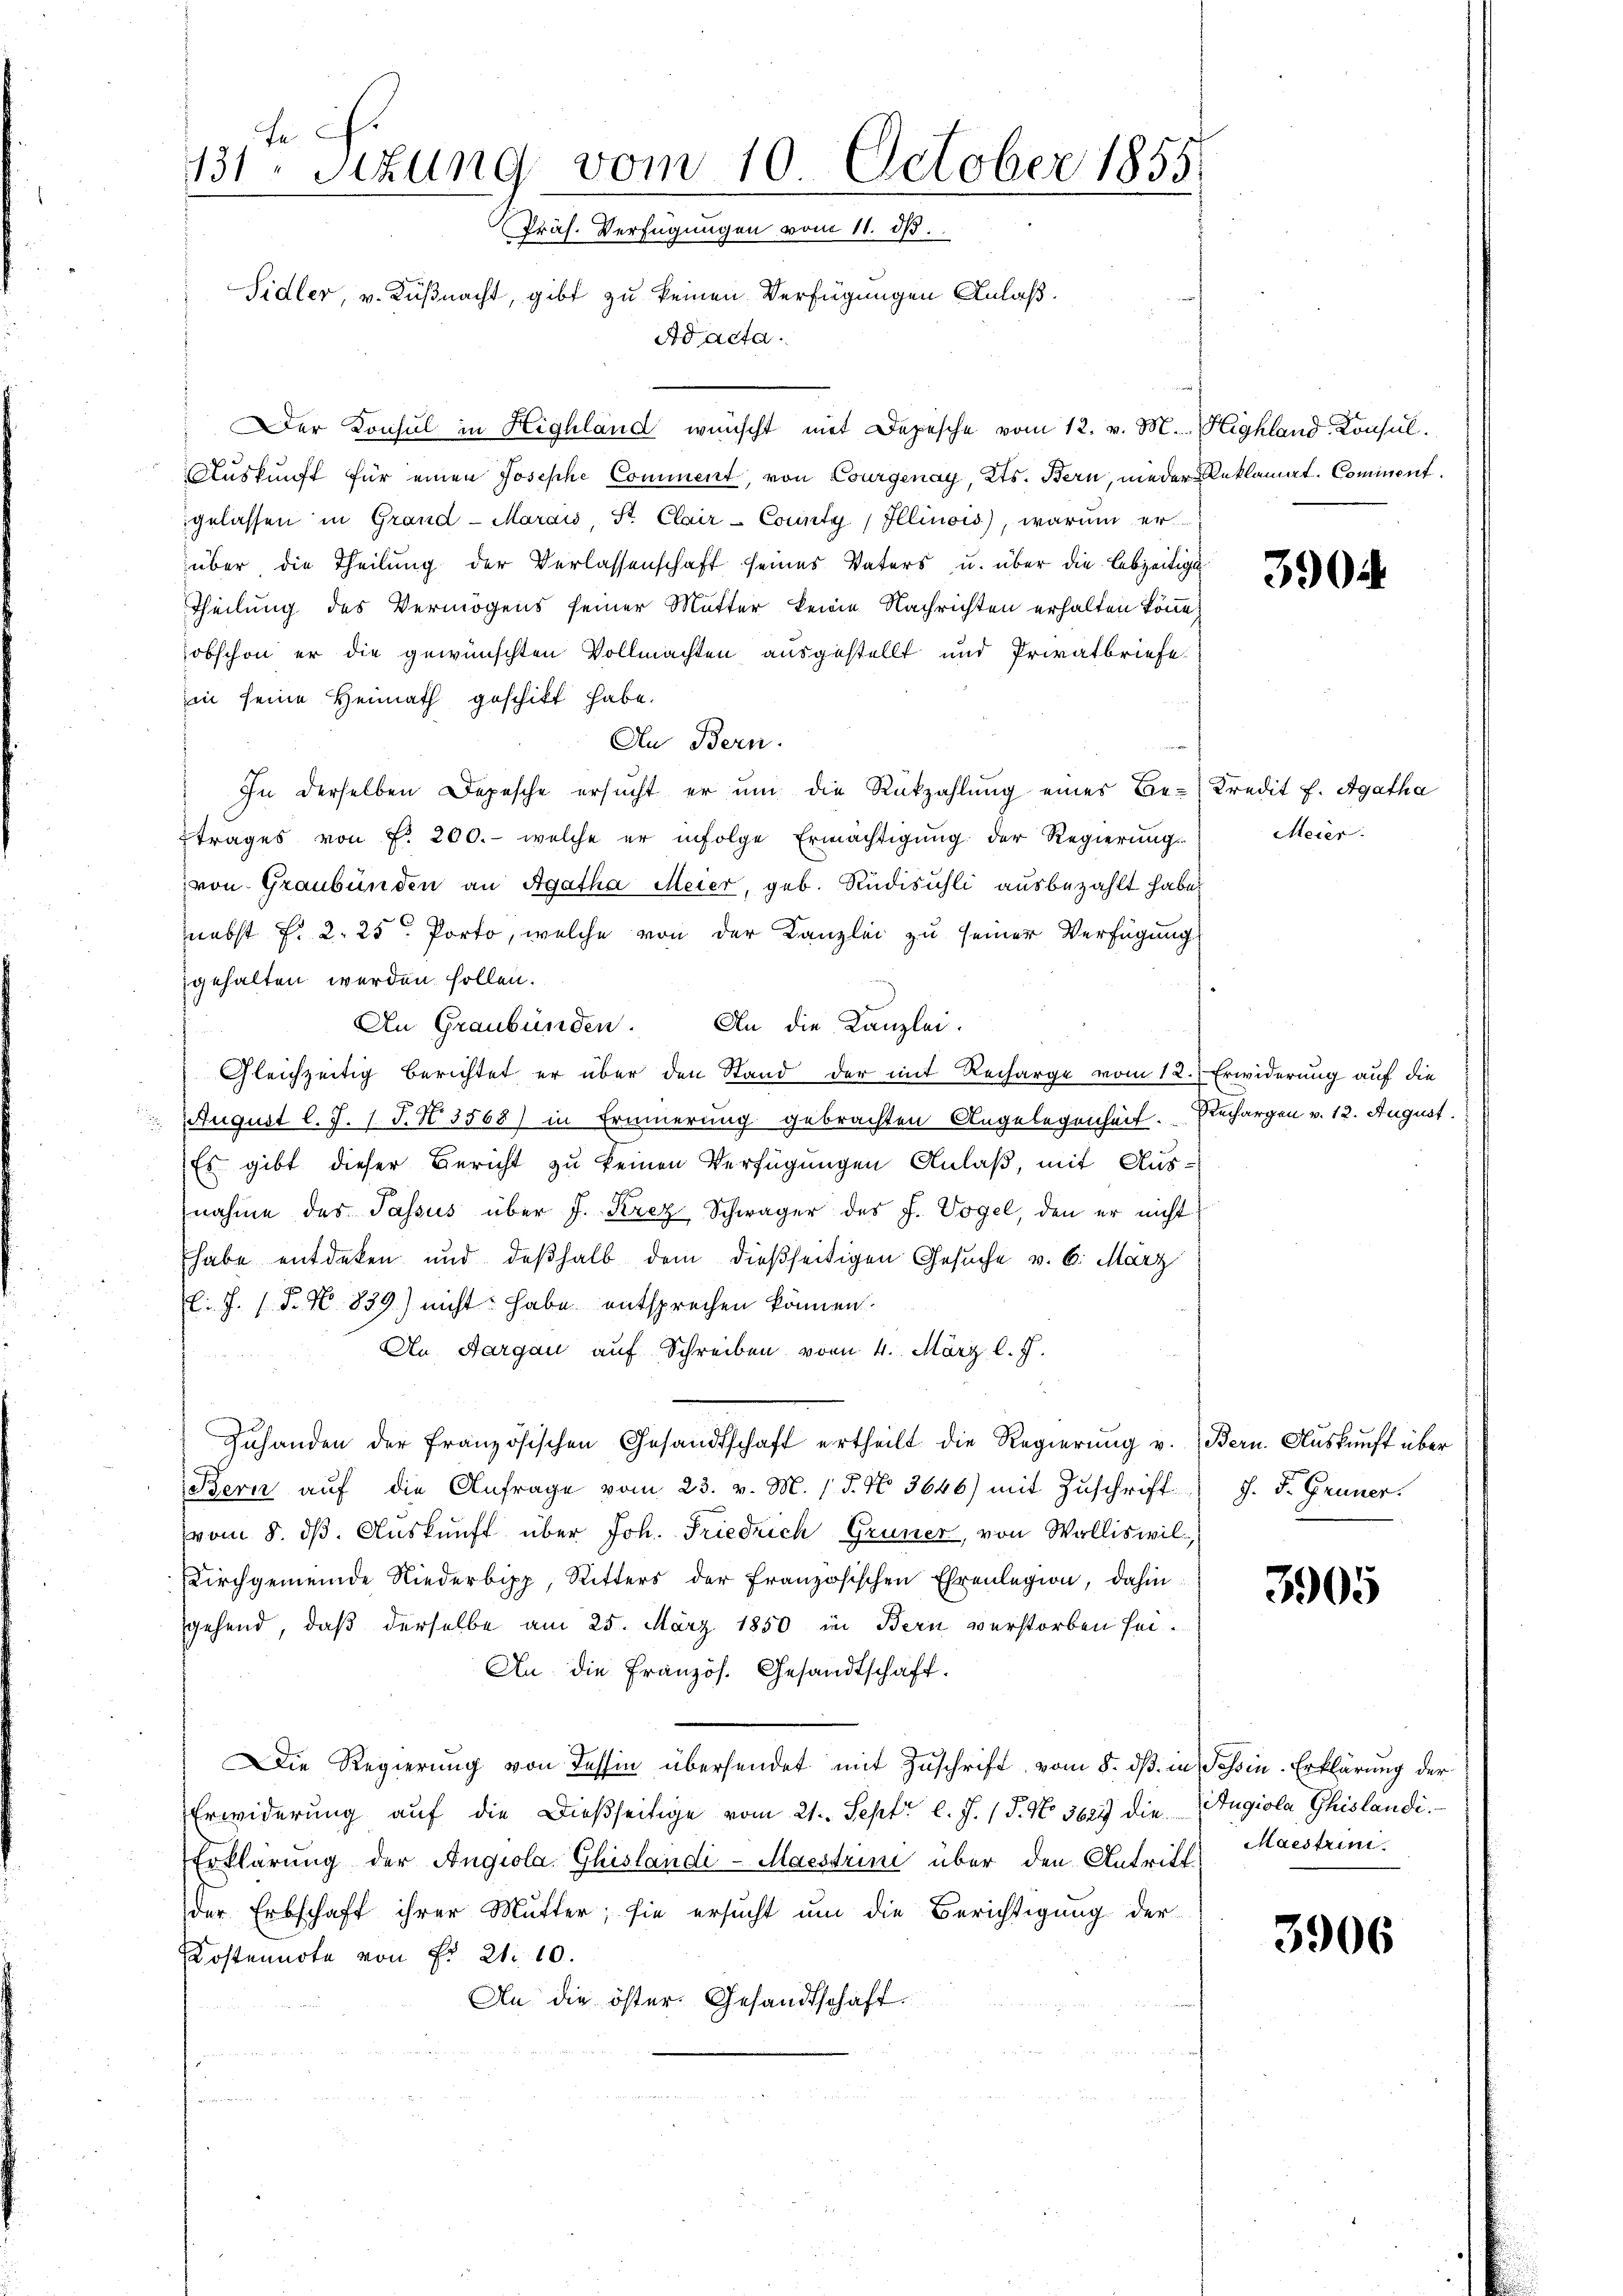
fe
131. Sizung vom 10. October 1855
Präs. Verfügungen vom 11. ds.
Sidler, v. Küßnacht, gibt zu keinen Verfügungen Anlaß.
Ad acta.

Der Konsul in Highland wünscht mit Depesche vom 12. v. M. Highland Konsul¬
Auskunft für einen Josephe Comment, von Courgenay, Kts. Bern, nieder Reklamat. Comissent.
gelassen in Grand - Marais, St. Clair-County Illinois), warum er
über die Theilŭng der Verlassenschaft seines Vaters u. über die Lebzeitigk
Theilung des Vermögens seiner Mutter keine Nachrichten erhalten könne,
obschon er die gewünschten Vollmachten ausgestellt und Privatbriefe
in seine Heimath geschikt habe.
Au Bern.
In derselben Depesche ersŭcht er ŭm die Rückzahlung eines Be-Kredit f. Agatha
trages von f. 200.- welche er infolge Ermächtigung der Regierungs-
von Graubünden an Agatha Meier, geb. Rudisüsli ausbezahlt habe,
nebst f. 2. 25. Porto, welche von der Kanzlei zu seiner Verfügung
gehalten werden sollen.
An Graubünden. An die Kanzlei.
1823 24 22
Gleichzeitig berichtet er über den Stand der mit Recharge vom 12. Erwiderung auf die
 August l. J. J. J. N. 3568) in Erinnerung gebrachten Angelegenheit. Rechargen v. 12. August.
Es gibt dieser Bericht zu keinen Verfügungen Anlaß, mit Aus-
nahme des Passus über J. Krez Schwäger des J. Vogel, den er nicht
habe entdeken und deßhalb dem dießseitigen Gesuche v. 6. März
l. J. (T. No 839.) nicht habe entsprechen können.
An Aargau auf Schreiben vom 4. März l. J.

Zuhanden der französischen Gesandtschaft ertheilt die Regierŭng u. Bern. Aŭskŭnft über
Bern auf die Anfrage vom 23. v. M. (T. No. 3646) mit Zuschrift
vom 8. dß. Auskunft über Joh. Friedrich Grüner, von Walliswil
Kirchgemeinde Niederbipp, Ritters der französischen Ehrenlegion, dahin:
gehend, daß derselbe am 25. März 1850 in Bern verstorben sei¬
An die Französ. Gesandtschaft.
Die Regierung von Tessin übersendet mit Zuschrift, vom 8. dß in Tessin-Erklärung der
Erwiderung auf die dießseitige vom 21. Sept. l. J. (T. No. 3623 die Angiola Ghislandi.
Erklärung der Angiola, Ghislandi-Maestrini über den Antriff Maestrini.
der Erbschaft ihrer Mutter; sie ersucht um die Berichtigung der
Kostennote von Fr. 21. 10.
An die öster. Gesandtschaft.

3904

Meier

J. F. Grüner.

3905

3906